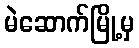
မဲဆောက်မြို့မှ